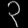
Digit: ၃